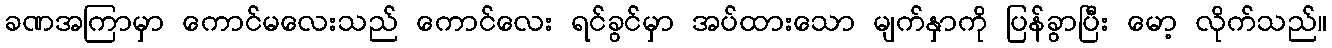
ခဏအကြာမှာ ကောင်မလေးသည် ကောင်လေး ရင်ခွင်မှာ အပ်ထားသော မျက်နှာကို ပြန်ခွာပြီး မော့ လိုက်သည်။